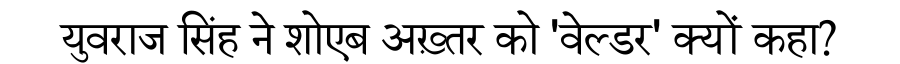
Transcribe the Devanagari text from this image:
युवराज सिंह ने शोएब अख़्तर को 'वेल्डर' क्यों कहा?